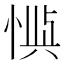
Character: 𫺙